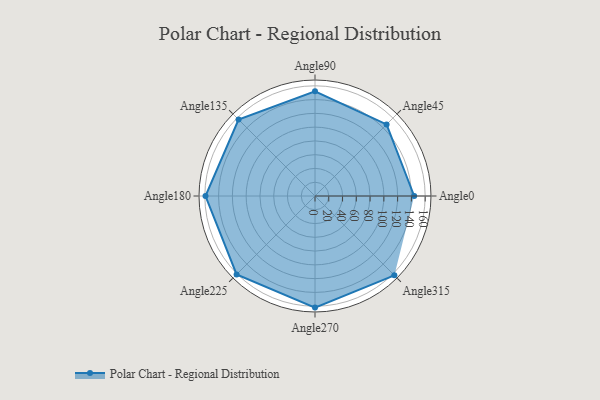
{"axis": {"x": "Angle", "y": "Radius"}, "legend": [""], "data": [{"x": "Angle0", "y": 144.0, "type": ""}, {"x": "Angle45", "y": 147.0, "type": ""}, {"x": "Angle90", "y": 152.0, "type": ""}, {"x": "Angle135", "y": 157.0, "type": ""}, {"x": "Angle180", "y": 159.0, "type": ""}, {"x": "Angle225", "y": 161.0, "type": ""}, {"x": "Angle270", "y": 162.0, "type": ""}, {"x": "Angle315", "y": 163.0, "type": ""}]}